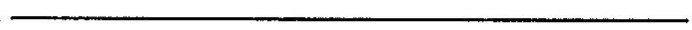
___